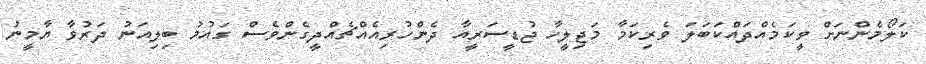
ކަލޯމެންނަށް ވީކަމެއްދައްކަބަލަ ވެރިކަމާ މަޖިލީހާ ޖުޑީސަރީއާ ދެންހުރިއެއްޗެއްދީގެންވެސް ގައުމު ބިލިއަނު ދަރުވާ ޔާމީނު